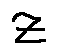
z